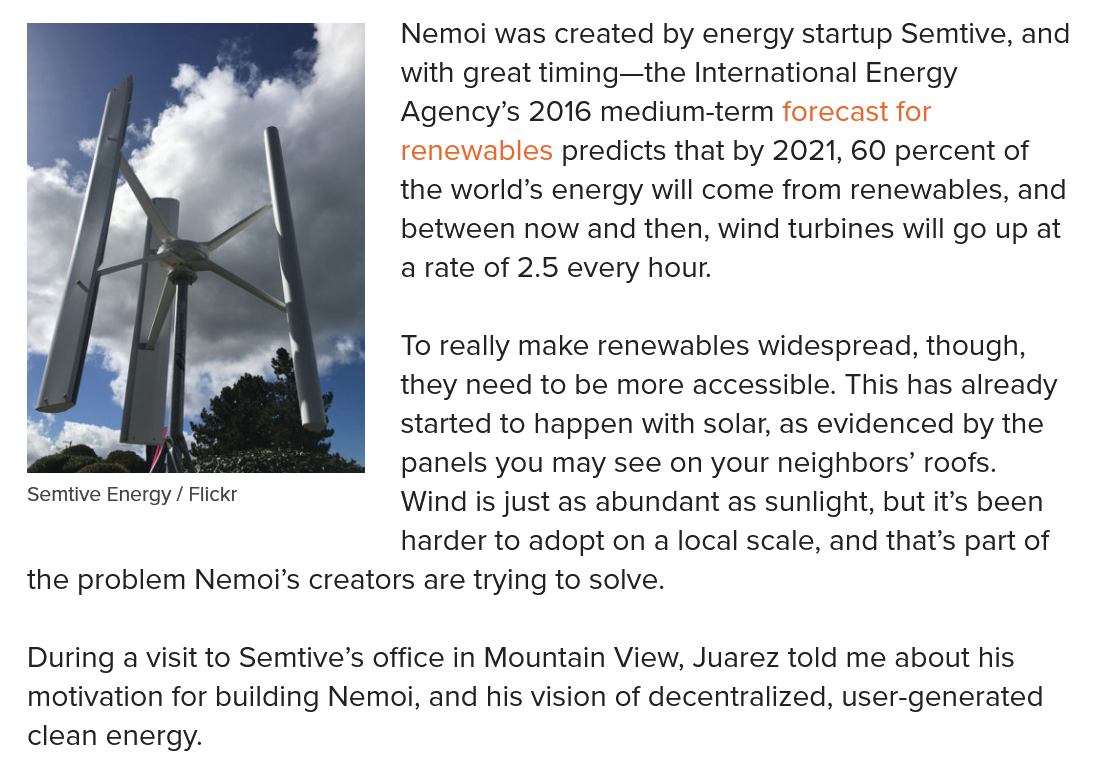
Semtive Energy / Flickr
     Nemoi was created by energy startup Semtive, and
     with great timing—the International Energy
     Agency’s 2016 medium-term forecast for
     renewables predicts that by 2021, 60 percent of
     the world’s energy will come from renewables, and
     between now  and then, wind turbines will go up at
     a rate of 2.5 every hour.
     To really make renewables widespread, though,
     they need to be more accessible. This has already
     started to happen with solar, as evidenced by the
     panels you may see on your neighbors’ roofs.
     Wind is just as abundant as sunlight, but it’s been
     harder to adopt on a local scale, and that’s part of
  the problem Nemoi’s creators are trying to solve.

  Semtive Energy / Flickr
  During a visit to Semtive’s office in Mountain View, Juarez told me about his
  motivation for building Nemoi, and his vision of decentralized, user-generated
  clean energy.